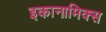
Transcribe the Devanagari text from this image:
इकानामिक्स